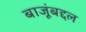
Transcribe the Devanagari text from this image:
बाजूंबद्दल